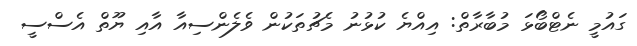
ގައުމީ ނެޓްބޯޅަ މުބާރާތް: އިއްޔެ ކުޅުނު މެޗުތަކުން ވެލެންސިއާ އާއި ޔޫތް އެސްސީ